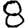
Digit: 8